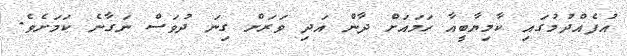
އުފެއްދުމުގައި ކާމިޔާބީއާ ހަމައަށް ދާން އަދި ވަރަށް ގިނަ ދުވަސް ނަގާނެ ކަމަށެވެ.